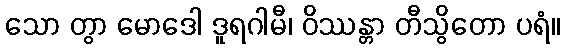
သော တွာ မောဒေါ ဒူရဂါမီ၊ ဝိဿန္တာ တီသွိတော ပရံ။